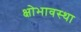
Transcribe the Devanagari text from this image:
क्षोभावस्था